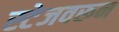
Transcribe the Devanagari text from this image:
स्टेजवरून